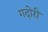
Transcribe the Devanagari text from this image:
गदोरी